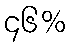
၄၆%